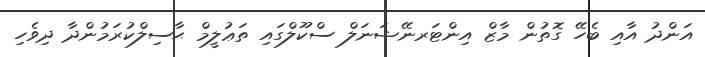
އަންދު އާއި ބެހޭ ގޮތުން މާޒް އިންޓަރނޭޝަނަލް ސްކޫލްގައި ތަޢުލީމް ޙާސިލްކުރަމުންދާ ދިވެހި